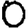
Digit: 0